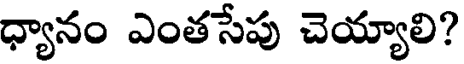
ధ్యానం ఎంతసేపు చెయ్యాలి?